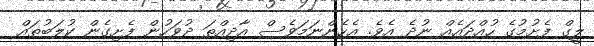
ލީގް ފެށުމުގެ ހުއްދައެއް ނުދެ އެވެ. އެހެންނަމަވެސް އާދިއްތަ ދުވަހުން ފެށިގެން ކުލަބުތައް